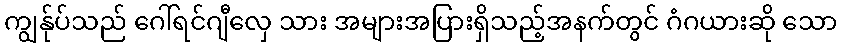
ကျွန်ုပ်သည် ဂေါ်ရင်ဂျီလှေ သား အများအပြားရှိသည့်အနက်တွင် ဂံဂယားဆို သော